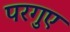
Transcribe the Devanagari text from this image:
परगुए